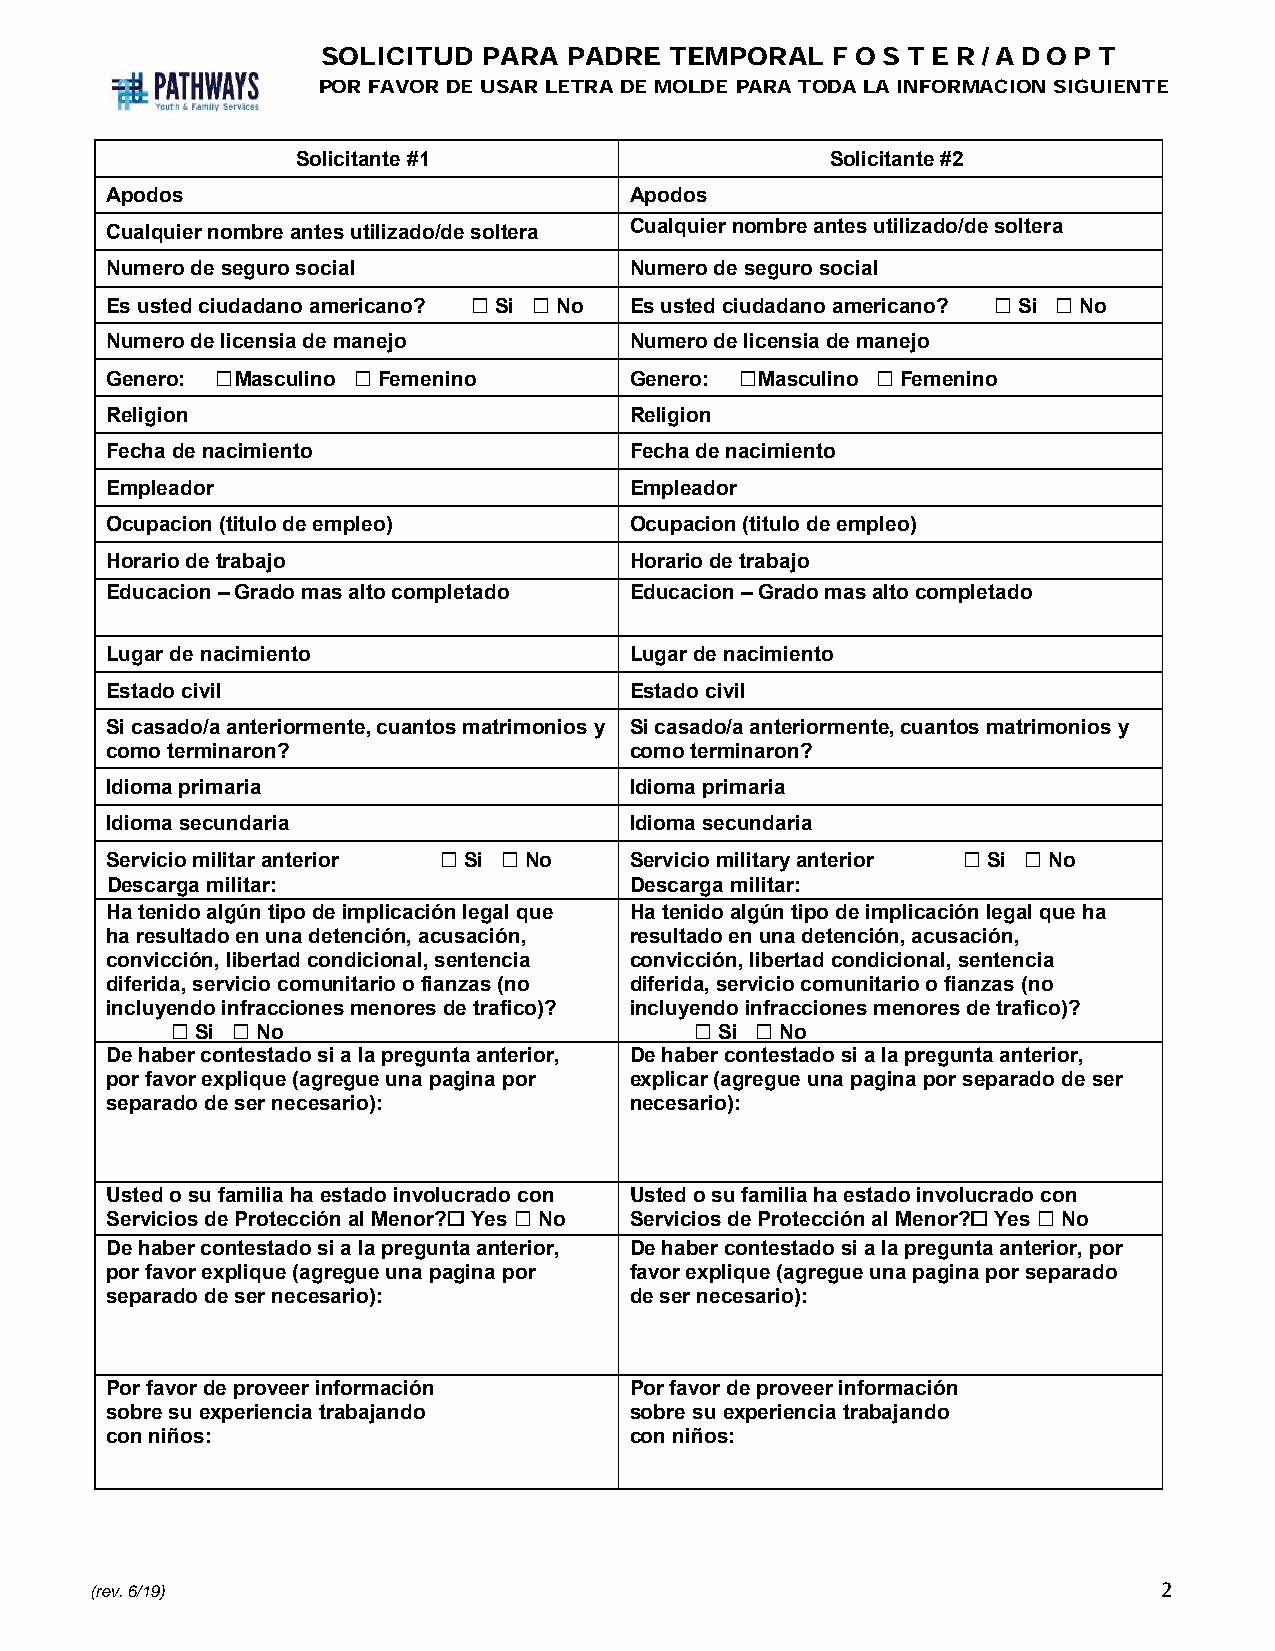
SOLICITUD  PARA  PADRE TEMPORAL   F O S T E R /AD O P T
 POR FAVOR DE USAR LETRA DE MOLDE PARA TODA LA INFORMACION SIGUIENTE
 Solicitante #1                     Solicitante #2
 Apodos                             Apodos
 Cualquier nombre antes utilizado/de soltera Cualquiernombre antes utilizado/de soltera
 Numero de seguro social            Numero de seguro social
 Es usted ciudadano americano? ☐ Si ☐ No Es usted ciudadano americano? ☐ Si ☐ No
 Numero de licensia de manejo       Numero de licensia de manejo
 Genero: ☐ Masculino ☐ Femenino     Genero: ☐ Masculino ☐ Femenino
 Religion                           Religion
 Fecha de nacimiento                Fecha de nacimiento
 Empleador                          Empleador
 Ocupacion (titulo de empleo)       Ocupacion (titulo de empleo)
 Horario de trabajo                 Horario de trabajo
 Educacion – Grado mas alto completado Educacion –Grado mas alto completado
 Lugar de nacimiento                Lugar de nacimiento
 Estado civil                       Estado civil
 Si casado/a anteriormente, cuantos matrimonios y Si casado/a anteriormente, cuantos matrimonios y
 como terminaron?                   como terminaron?
 Idioma primaria                    Idioma primaria
 Idioma secundaria                  Idioma secundaria
 Servicio militar anterior ☐ Si ☐ No Servicio military anterior ☐ Si ☐ No
 Descarga militar:                  Descarga militar:
 Ha tenido algún tipo de implicación legal que Ha tenido algún tipo de implicación legal que ha
 ha resultado en una detención, acusación, resultado en una detención, acusación,
 convicción, libertad condicional, sentencia convicción, libertad condicional, sentencia
 diferida, servicio comunitario o fianzas (no diferida, servicio comunitario o fianzas (no
 incluyendo infracciones menores de trafico)? incluyendo infracciones menores de trafico)?
 ☐ Si ☐ No                          ☐Si ☐No
 De haber contestado si a la pregunta anterior, De haber contestado si a la pregunta anterior,
 por favor explique (agregue una pagina por explicar (agregue una pagina por separado de ser
 separado de ser necesario):        necesario):
 Usted o su familia ha estado involucrado con Usted o su familia ha estado involucrado con
 Servicios de Protección al Menor?☐ Yes ☐ No Servicios de Protección al Menor?☐ Yes ☐ No
 De haber contestado si a la pregunta anterior, De haber contestado si a la pregunta anterior, por
 por favor explique (agregue una pagina por favor explique (agregue una pagina por separado
 separado de ser necesario):        de ser necesario):
 Por favor de proveer información   Por favor de proveer información
 sobre su experiencia trabajando    sobre su experiencia trabajando
 con niños:                         con niños:
 (rev. 6/19)                                                            2